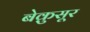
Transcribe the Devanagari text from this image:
बेक़ुसूर